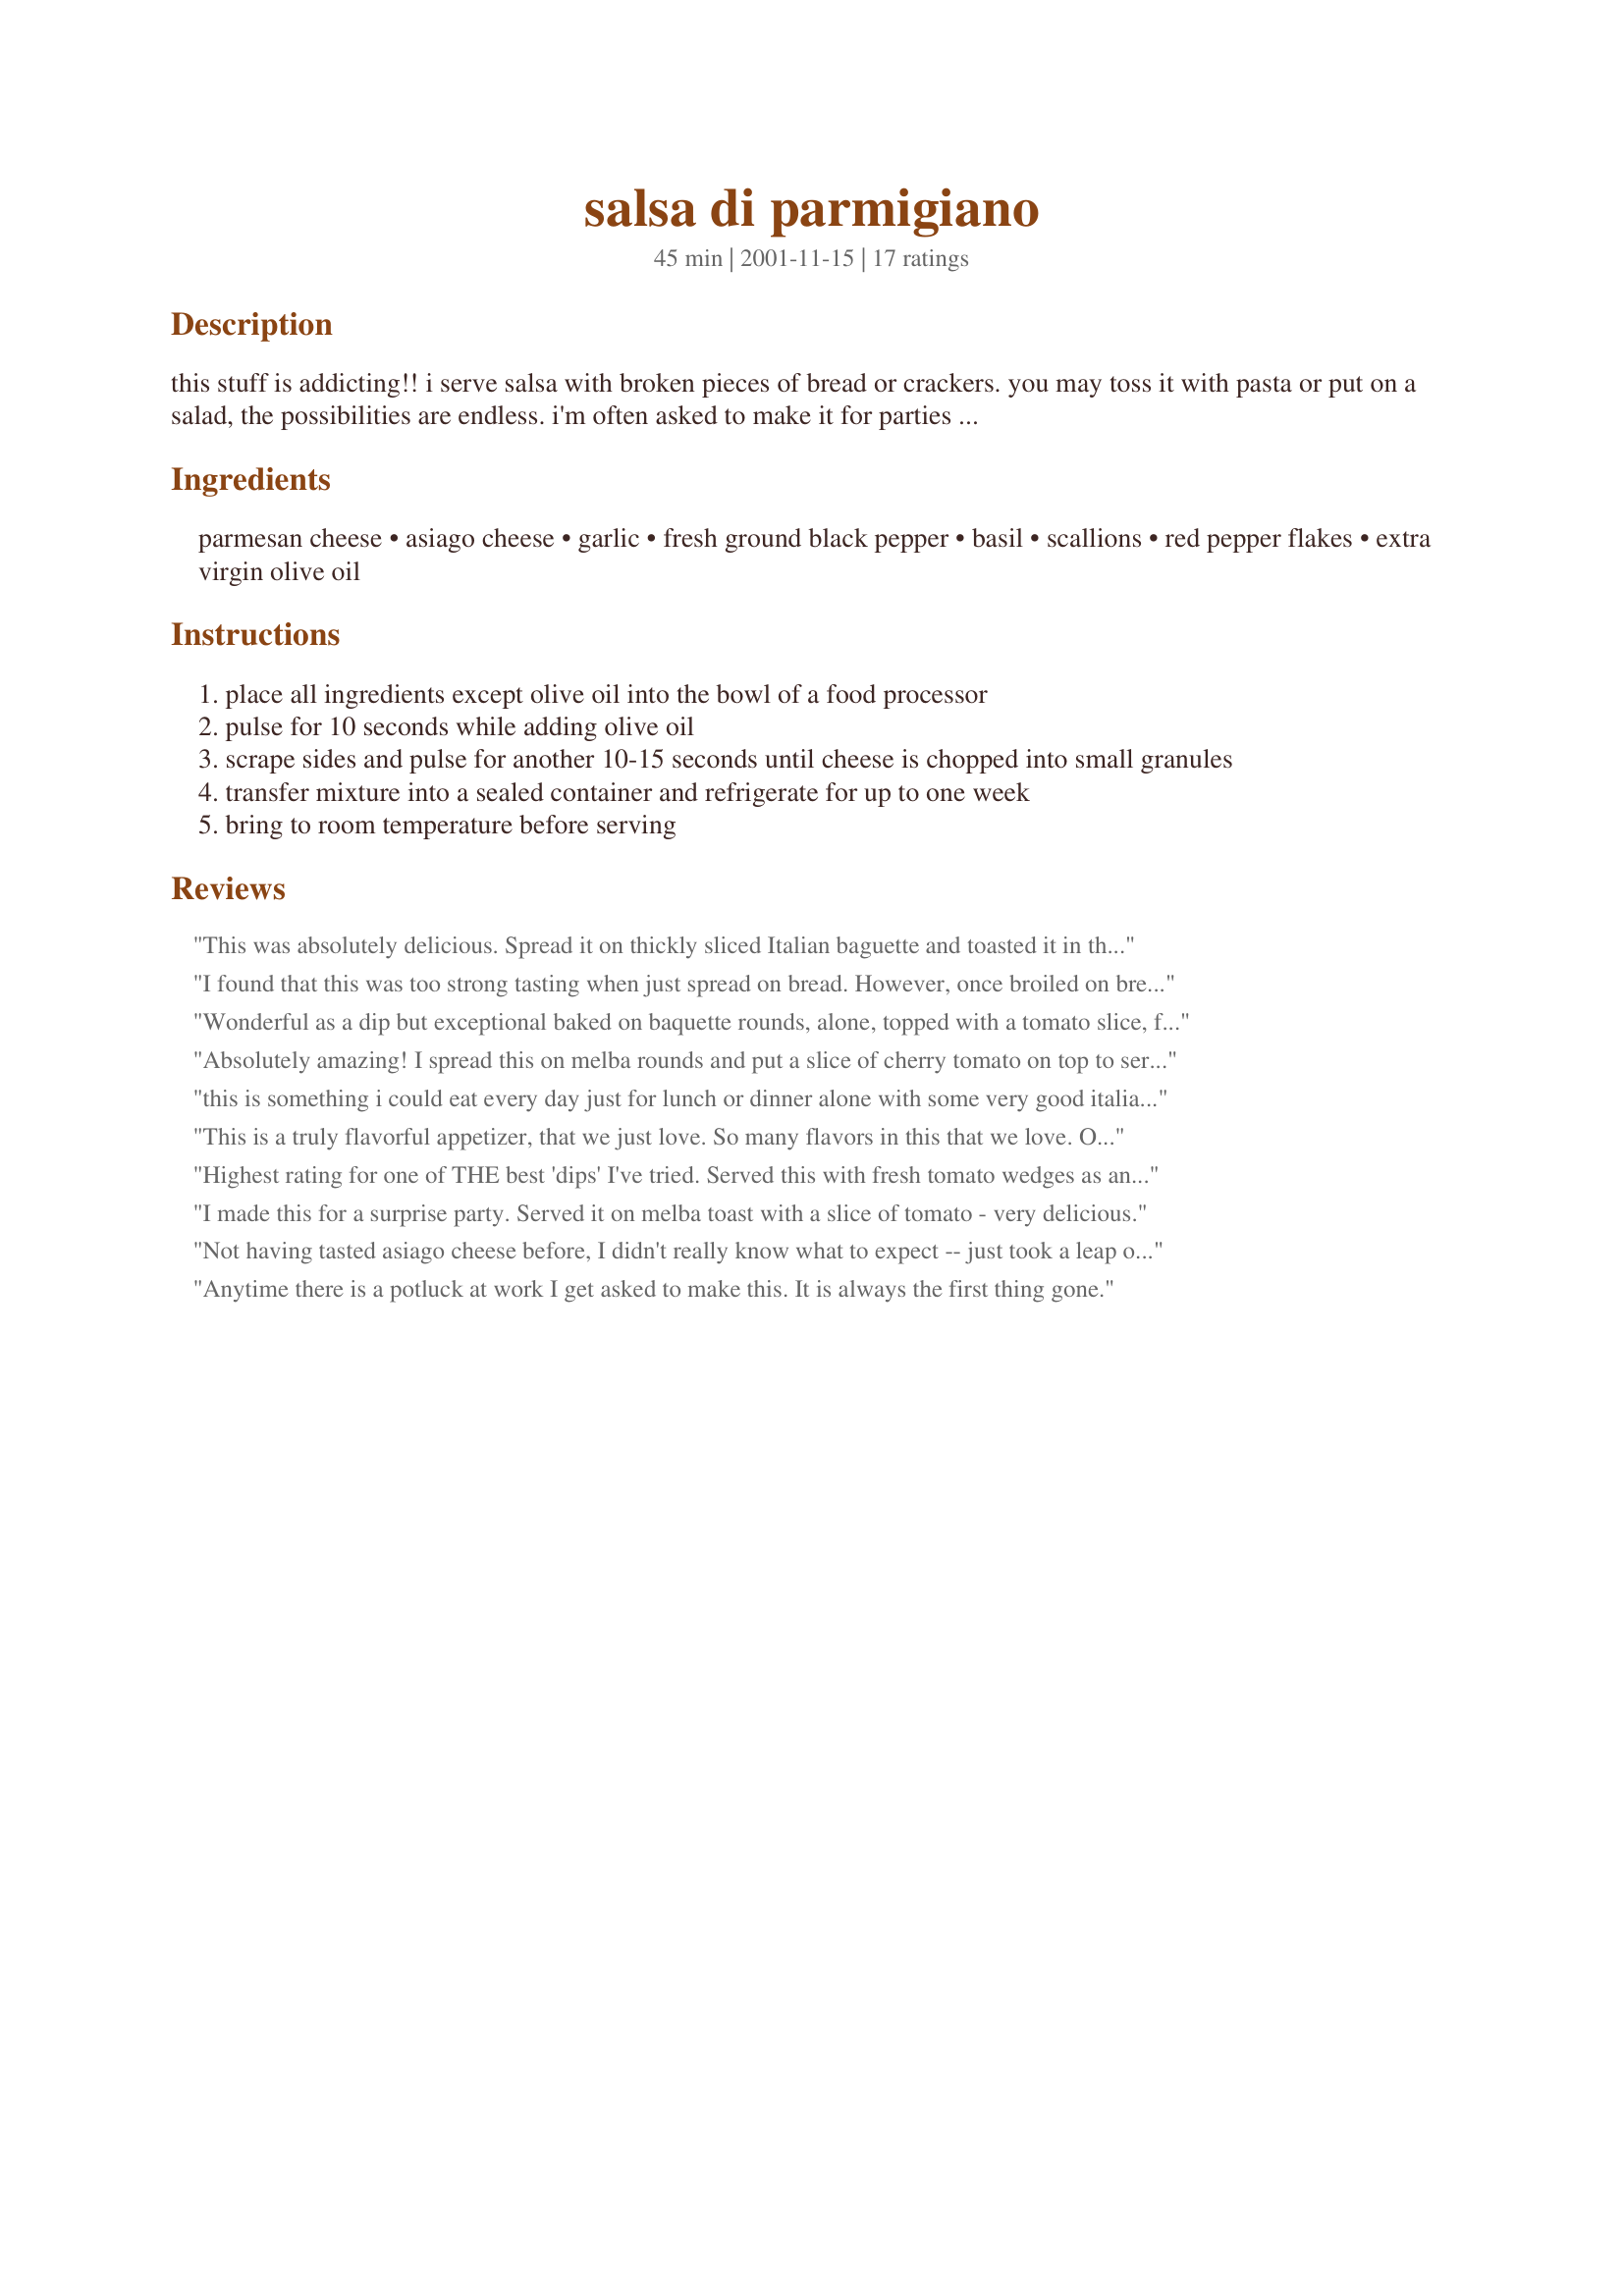
salsa di parmigiano
Preparation time: 45 minutes

this stuff is addicting!! i serve salsa with broken pieces of bread or crackers. you may toss it with pasta or put on a salad, the possibilities are endless. i'm often asked to make it for parties because most people just adore this dip. -added: i just recently discovered that this is michael chiarello's recipe & here all this time i thought my mother in law was a genius for coming up with this wonderful recipe.

Ingredients:
parmesan cheese, asiago cheese, garlic, fresh ground black pepper, basil, scallions, red pepper flakes, extra virgin olive oil

Steps:
place all ingredients except olive oil into the bowl of a food processor
pulse for 10 seconds while adding olive oil
scrape sides and pulse for another 10-15 seconds until cheese is chopped into small granules
transfer mixture into a sealed container and refrigerate for up to one week
bring to room temperature before serving

Reviews:
This was absolutely delicious. Spread it on thickly sliced Italian baguette and toasted it in the oven under a low broil for a couple of minutes. Served it as a side to a spaghetti dinner, and ate more of the bread than the rest of the dinner! I love the slight heat the chili peppers give, and the richness of the parmesan and asiago combined. This made enough that I fed four people, and still have enough to make myself lunch tomorrow. Thanks for another winner :)
I found that this was too strong tasting when just spread on bread. However, once broiled on bread it was very good. Thanks to previous reviewers for the suggestion of adding a slice of tomato. That was yummy.
Wonderful as a dip but exceptional baked on baquette rounds, alone, topped with a tomato slice, fresh basil, or black olive tampenade (or a combination of all three). Has been a hit with everyone I have served it to. Easy to make, keeps well in the fridge for a week or so.
Absolutely amazing! I spread this on melba rounds and put a slice of cherry tomato on top to serve as wedding hors d'oevers. They looked great and the flavor was wonderful! It's a great make-ahead...all you have to do at party time is assemble.
this is something i could eat every day just for lunch or dinner alone with some very good italian bread. so simple to make; so fast to put together and the taste was fabulous. i had never had it or heard of it before but i recognized the ingredients as things i love. i followed the recipe exactly except for the scallions. i did not have any on hand. this is something i will make each week. super true italian food.
This is a truly flavorful appetizer, that we just love. So many flavors in this that we love. One of my favorite appetizers to serve to my guests! I always add a thin slice of tomato on the bread before spooning on the salsa, added some chopped black and green olives on top, then more cheese, and then broil it to release all the wonderful flavors. Your right, it is addicting!
Highest rating for one of THE best 'dips' I've tried. Served this with fresh tomato wedges as an appy the other night and people polished it off using crackers and tortilla chips as well. Spread some on a tomato and onion sandwich for lunch today..fantastic. I used 1/2 tsp chili flakes which was enough heat, 1 cup olive oil, minced onion in place of scallions, & it yielded just short of 3 cups. Simply amazing this one, and a definite repeater.
I made this for a surprise party. Served it on melba toast with a slice of tomato - very delicious.
Not having tasted asiago cheese before, I didn't really know what to expect -- just took a leap of faith based on the 12 glowing reviews and the fact that it's Mean Chef's recipe. With only a 5-oz. wedge of asiago, I basically cut it in half. However, despite the extra ounce or so of both cheeses, 3/4 cup oil would have been way too much. Once it reached a smooth consistency, I quit pouring. (I had at least 2 T. left over, and there was a little puddle of oil in the processor that wasn't absorbed, so I stopped none too soon.) Given all the hype, the first bite was a little disappointing. Good, but not great. However, after spreading it generously on slices of French bread and broiling for about 7 minutes, it knocked our socks off! Just tasted a leftover
piece. Back to room temp...and back to just "okay" imo. Obviously a matter of personal taste. But when it was hot, we thought it was fab!
Anytime there is a potluck at work I get asked to make this. It is always the first thing gone.
This is originally Michael Chiarell&#039;s recipe from Nappa Style. He took it off his site because he now sells it in a jar for a hefty price. Good cheese, however is expensive.
Mean Chef, this is outstanding! I made this last night for dinner. We had a slice of bread with it on first. All my DH could say was, Oh my this is good. Oh my this is good. We then had it on pasta and boiled shrimp. I will keep this handy for a quick and delicious meal. Everyone must try this!!
Very good! I over processed so it was a bit pasty but it was fantastic broiled on baguette slices.
OMG this stuff is addicting! I just made this to serve as a topping for bruscetta for tonite's dinner. It tasted so good I had to experiment a little. I spread some on a couple of slices of french bread and topped it with sliced fresh tomato then put it under the broiler for about 7 minutes, added a thick slice of turkey and it made a mouth-watering sandwich. This "salsa" is so simple to make. If you love Italian you must try this.
Absolutely amazing is correct...what a fantastic combo of flavors. I served on toasted baguette slices and we couldn't stop eating it....can't wait to try broiling the baguette/salsa combo in the oven for a few minutes for the warmed version. This is a must-keep/do not lose recipe!
Mean, another winner! I made the salsa a few days before I wanted to eat it so that there would be time for the flavors to marry. I did cut the olive oil back to a little over 1 cup because that is all I had in the house at the time. I ate it over toasted sliced Italian bread and fresh tomato slices. It tastes sooo impressive that nobody would ever guess how easy it is to toss together. This will be a staple in my house over the summer when tomatoes are so fresh and plentiful. I can't wait to try it on pasta or as a garnish for a yummy soup like Italian Wedding. The possiblities are endless! I am glad I chose this for our illegal, unapproved pick your chef game. :o) Thanks for posting it, I am a believer!!
This is SOOOOO good! I took it to a potluck, and it was a very big hit - the most popular dish there. I served it with crackers (Ritz Top'ems), but I am guessing it will be great with Italian bread too. Thanks!
